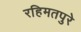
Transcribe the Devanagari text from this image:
रहिमतपुरे